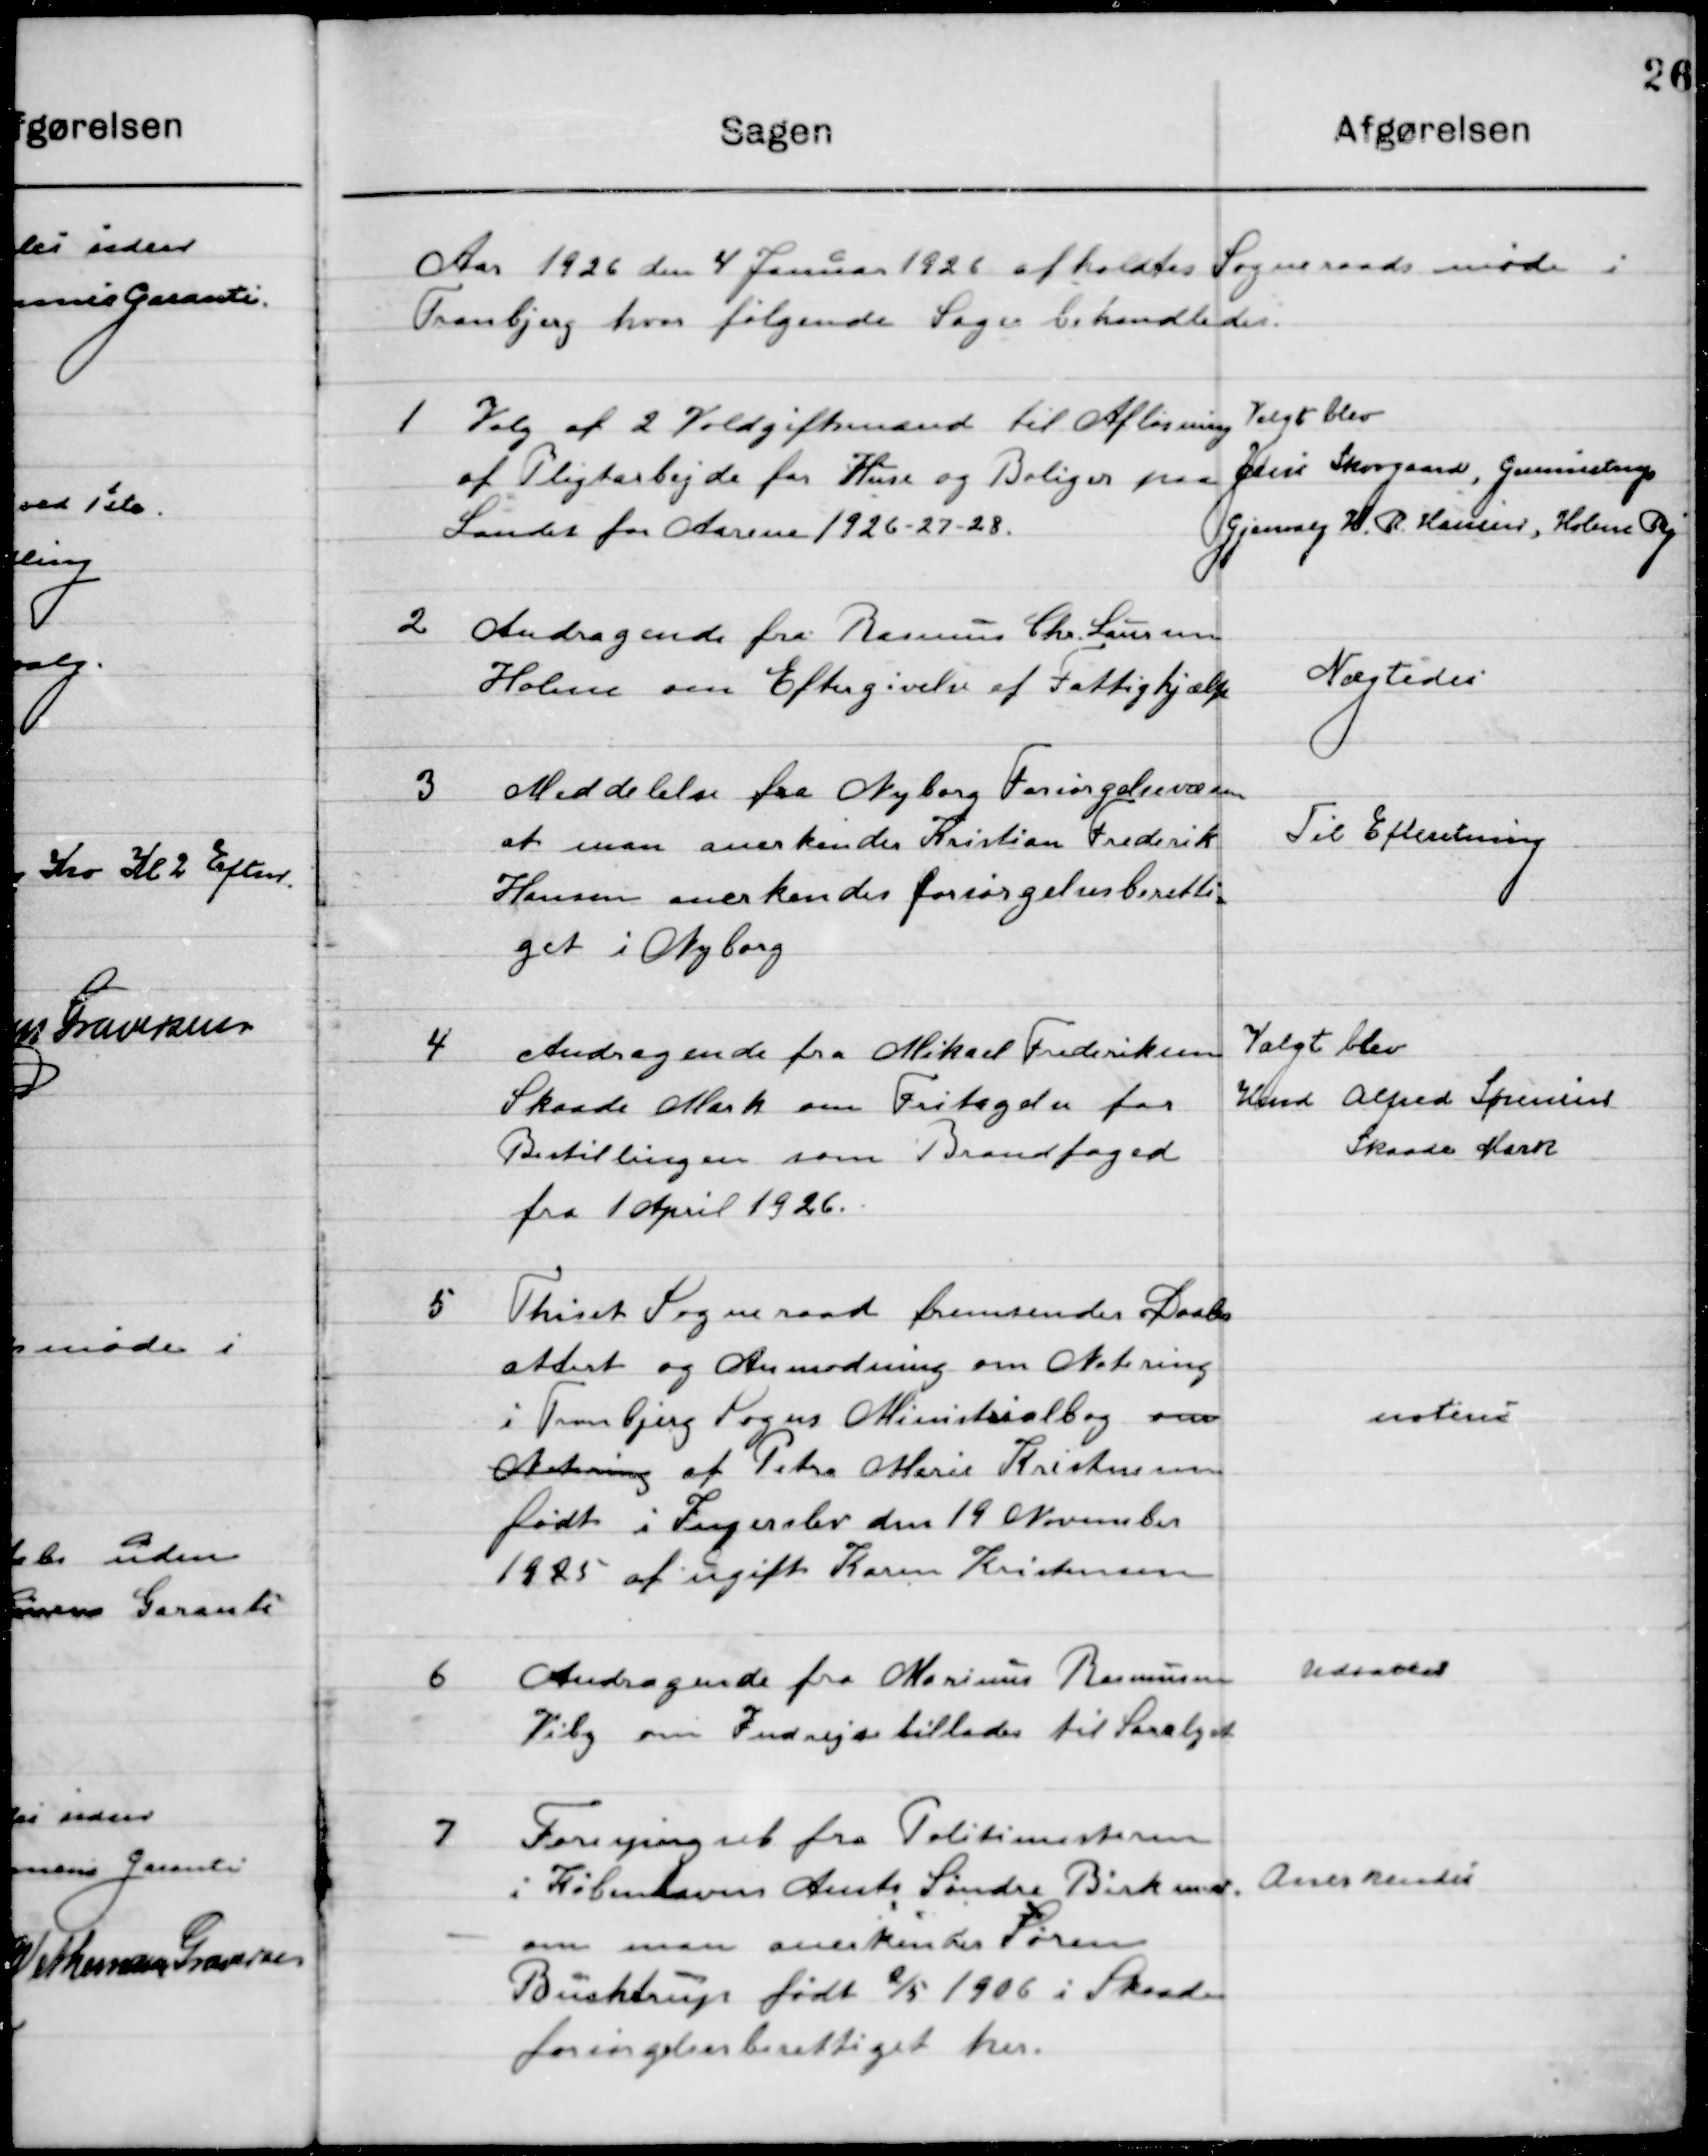
Transskription:
Aaret 1926 den 4 Januar 1926 afholdtes  Sogneraadsmøde i 
Tranbjerg hvor følgende Sager behandledes.

1

Valg af 2 voldgiftsmænd til Afløsning
af Pligtarbejde for huse og Boliger paa
Landet for Aarene 1926-27-28.

Valgt blev
Jens Skovgaard, Gunnestrup
Genvalg H. R. Hansen, Holme By.

2

Andragende fra Rasmus Chr. Laursen
Holme om Eftergivelse af Fattighjælp.

Nægtedes

3

Meddelelse fra Nyborg Forsørgelsesvæsen
at man anerkender Kristian Frederik
Hansen anerkendes forsørgelsesberetti-
get i Nyborg

Til Efterretning

4

Andragende fra Michael Frederiksen
Skaade Mark om Fritagelse for
Bestillingen som Brandfoged
Fra 1. april 1926

Valgt blev
Kmd. Alfred Sørensen
Skaade Mark

5

Thiset Sogneraad fremsender Daabs-
attest og Anmodning om Notering
i Tranbjerg Sogns Ministerialbog om 
Notering af Petra Marie Kristensen
født i Ingerslev den 19 November
1925 af ugift Karen Kristensen.

Noteres

6

Andragende fra Marius Rasmussen
Viby om Indrejsetilladelse til Saralyst

Udsattes

7

Forespørgsel fra Politimesteren
i Københavns Amt Søndre Birk m.v.
om man anerkender Søren
Buchtrup født 2/5 1906 i Skaade
forsørgelsesberettiget her.

Anerkendes